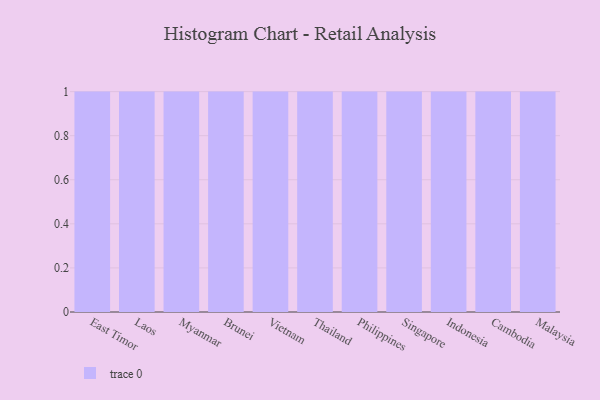
{"axis": {"x": "Country", "y": "Energy Usage (MWh)"}, "legend": [""], "data": [{"x": "East Timor", "y": 13, "type": ""}, {"x": "Laos", "y": 2, "type": ""}, {"x": "Myanmar", "y": 69, "type": ""}, {"x": "Brunei", "y": 2, "type": ""}, {"x": "Vietnam", "y": 79, "type": ""}, {"x": "Thailand", "y": 40, "type": ""}, {"x": "Philippines", "y": 84, "type": ""}, {"x": "Singapore", "y": 42, "type": ""}, {"x": "Indonesia", "y": 14, "type": ""}, {"x": "Cambodia", "y": 59, "type": ""}, {"x": "Malaysia", "y": 1, "type": ""}]}